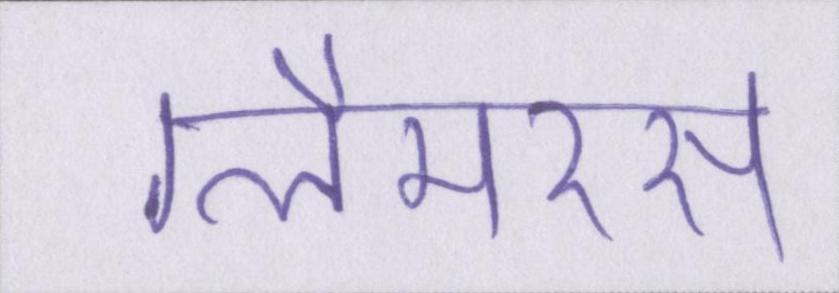
ग्लैमरस